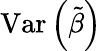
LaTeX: \operatorname{Var}\left({\tilde{\beta}}\right)